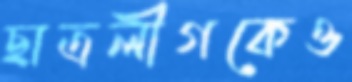
ছাত্রলীগকেও